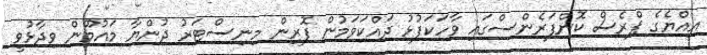
އިއްޔެގެ ޕްރެސް ކޮންފަރެންސްގައި ވާހަކަފުޅު ދައްކަވަމުން ފޮރިން މިނިސްޓަރު ދުންޔާ މައުމޫން ވިދާޅުވީ